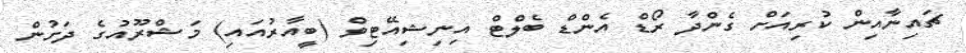
ޗައިނާއިން ކުރިއަށް ގެންދާ ރޯޑް އެންޑް ބެލްޓް އިނިޝިއޭޓިވް (ބީއާރުއައި) މަޝްރޫއުގެ ދަށުން